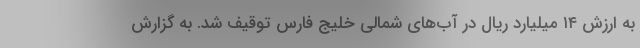
به ارزش ۱۴ میلیارد ریال در آب‌های شمالی خلیج فارس توقیف شد. به گزارش